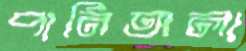
পানিঅলা